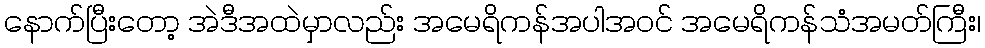
နောက်ပြီးတော့ အဲဒီအထဲမှာလည်း အမေရိကန်အပါအဝင် အမေရိကန်သံအမတ်ကြီး၊